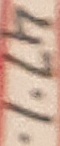
Text: 47%